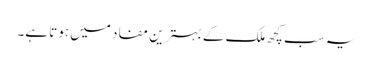
یہ سب کچھ ملک کے بہترین مفاد میں ہوتا ہے۔